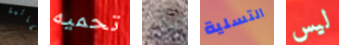
لقائمة تحميه وأذا التسلية ليس